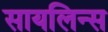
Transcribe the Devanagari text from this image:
सायलिन्स